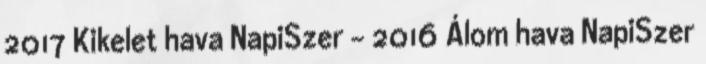
2017 Kikelet hava NapiSzer - 2016 Álom hava NapiSzer